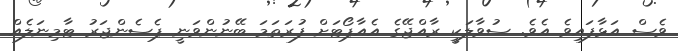
ވެސް އަޅާފައިވެ އެވެ. ސުވާލަކީ ރާއްޖޭގެ އެއާޕޯޓަށް ފުރަތަމަ ބޭނުންވަނީ ޕެސެންޖަރު ޓާމިނަލެއް